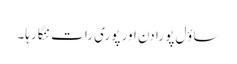
ساؤل پو را دن اور پوری رات ننگا رہا۔